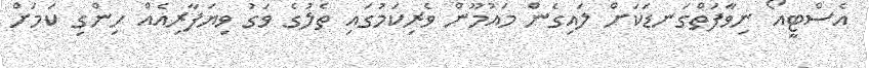
އެސްޓީއޯ ނިވާފަތްގަނޑަކަށް ލައިގެން މައުމޫން ވެރިކަމުގައި ތެލުގެ ވަގު ވިޔަފާރިއެއް ހިންގި ކަމަށް